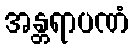
အန္တရာပဏံ